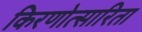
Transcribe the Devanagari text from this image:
किरणोत्सारिता